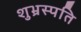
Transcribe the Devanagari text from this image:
शुभ्रस्पति